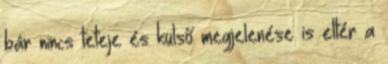
bár nincs teteje és külső megjelenése is eltér a